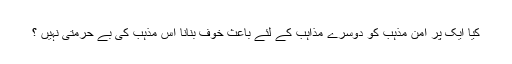
کیا ایک پُر امن مذہب کو دوسرے مذاہب کے لئے باعثِ خوف بنانا اُس مذہب کی بے حرمتی نہیں ؟